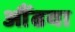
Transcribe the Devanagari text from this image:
औंढया